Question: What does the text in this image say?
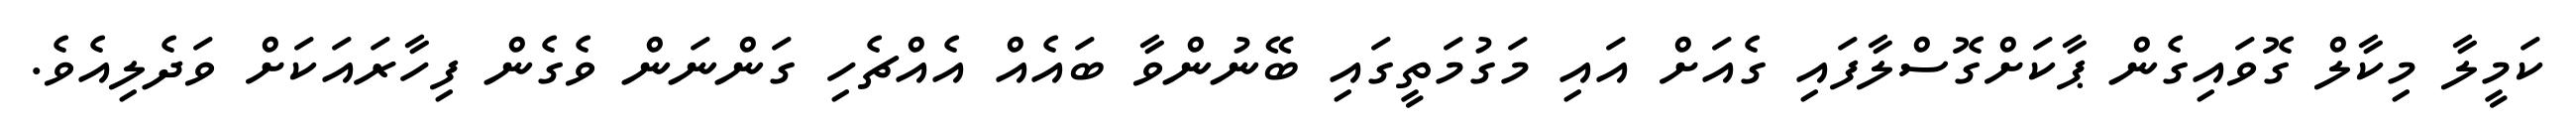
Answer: ކަމީލާ މިކާލް ގޮވައިގެން ޕާކަށްގޮސްލާފައި ގެއަށް އައި މަގުމަތީގައި ބޭނުންވާ ބައެއް އެއްޗެހި ގަންނަން ވެގެން ފިހާރައަކަށް ވަދެލިއެވެ.